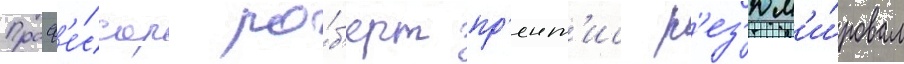
Проф'е́ссор ро́б'ерт пр'ент'ис р'ез'юм'и́ровал